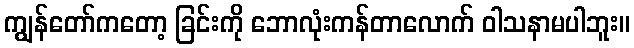
ကျွန်တော်ကတော့ ခြင်းကို ဘောလုံးကန်တာလောက် ဝါသနာမပါဘူး။